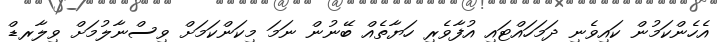
އެހެންކަމުން ކައިވެނި ދަމަހައްޓައި އުފާވެރި ހަޔާތެއް ބޭނުން ނަމަ މިކަންކަމަށް ވިސްނާލުމަށް ވިލާރޑް